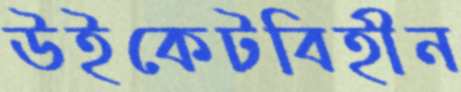
উইকেটবিহীন